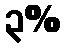
၃%